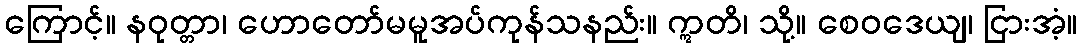
ကြောင့်။ နဝုတ္တာ၊ ဟောတော်မမူအပ်ကုန်သနည်း။ ဣတိ၊ သို့။ စေဝဒေယျ၊ ငြားအံ့။